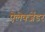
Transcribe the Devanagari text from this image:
ऐलेक्जेंडर